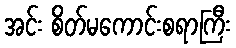
အင်း စိတ်မကောင်းစရာကြီး